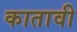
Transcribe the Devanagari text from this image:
कातावी